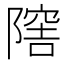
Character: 𨼈